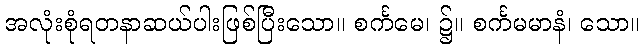
အလုံးစုံရတနာဆယ်ပါးဖြစ်ပြီးသော။ စင်္ကမေ၊ ၌။ စင်္ကမမာနံ၊ သော။